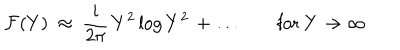
LaTeX: { \cal F } ( Y ) ~ \approx ~ \frac { i } { 2 \pi } \, Y ^ { 2 } \log { Y ^ { 2 } } \, + \ldots \qquad \mathrm { f o r ~ } Y \to \infty